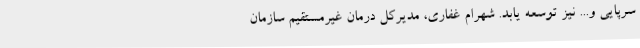
سرپایی و... نیز توسعه یابد. شهرام غفاری، مدیرکل درمان غیرمستقیم سازمان